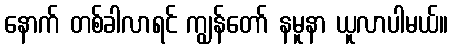
နောက် တစ်ခါလာရင် ကျွန်တော် နမူနာ ယူလာပါမယ်။